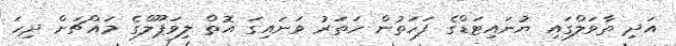
އަދި ތާވަލްގައި ޔުނައިޓަޑްގެ ފަހަތުން ހަތަރު ވަނައިގަ އޮތް ލިވަޕޫލްގެ މައްޗަށް ދިހަ